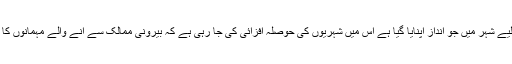
معاشرتی آداب سکھانے کے لیے شہر میں جو انداز اپنایا گیا ہے اس میں شہریوں کی حوصلہ افزائی کی جا رہی ہے کہ بیرونی ممالک سے آنے والے مہمانوں کا تہہ دل سے احترام کیا جائے۔